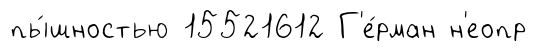
пы́шностью 15521612 Г'е́рман н'еопр